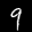
Label: 9